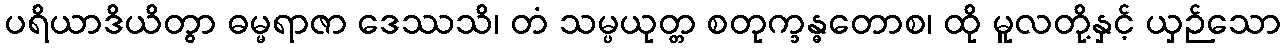
ပရိယာဒိယိတွာ ဓမ္မရာဇာ ဒေဿသိ၊ တံ သမ္ပယုတ္တ စတုက္ခန္ဓတောစ၊ ထို မူလတို့နှင့် ယှဉ်သော